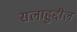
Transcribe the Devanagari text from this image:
सलाहुद्दील